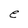
Character: e